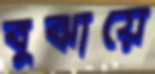
বুঝায়ে